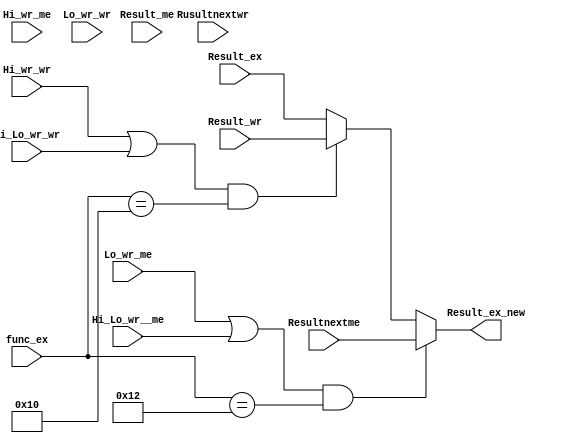
module ByPass_X(      //mflo 23 +mfhi30+ mtlo26                 func_ex
    input [5:0] func_ex,          
    input [31:0]  Result_ex,
    input [31:0] Result_me,
    
    input [31:0] Resultnextme,
    input [31:0] Result_wr,
    input [31:0] Rusultnextwr,


    input Hi_wr_me,
    input Hi_wr_wr,
    input Lo_wr_me,
    input Lo_wr_wr,
    input Hi_Lo_wr__me,
    input  Hi_Lo_wr_wr,

    output  reg  [31:0] Result_ex_new


);

 always @(*)
 begin
     if((Lo_wr_me|Hi_Lo_wr__me) && func_ex==6'b010010)               //MFLO,  LO->register
        Result_ex_new<=Resultnextme;                                 //alu resultnextme[31:0]
        else if((Hi_wr_wr|Hi_Lo_wr_wr) && func_ex==6'b010000 )        //MFHI  Hi->register
        Result_ex_new<=Result_wr;
        else Result_ex_new<=Result_ex;                            //  alu result
 end


endmodule